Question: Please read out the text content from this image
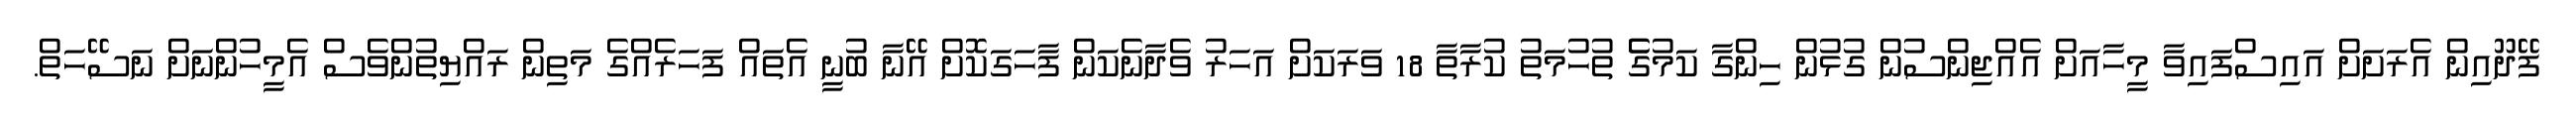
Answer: ފޭދޫއިން އެރަށަށް އައިސްފައިވާ މީހާއަށް އެއްޖިންސުން ގުޅުން ހިންގާ ކަމުގެެ ތުހުމަތު ކުރާތާ 18 ވަރަކަށް އަހަރު ވެދާނެކަން ފާހަގަކޮށް އޭނާ ބުނީ އެތައް ފަހަރެއްގެ މަތިން ރައްޔިތުންވެސް އެމީހުންނަށް ނަސޭހަތް.